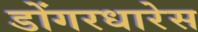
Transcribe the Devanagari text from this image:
डोंगरधारेस